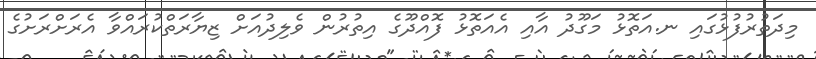
މިދަތުރުފުޅުގައި ނ.އަތޮޅު މަގޫދު އާއި އެއަތޮޅު ފޮއްދޫގެ އިތުރުން ވެލިދުއަށް ޒިޔާރަތްކުރައްވާ އެރަށްރަށުގެ